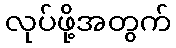
လုပ်ဖို့အတွက်